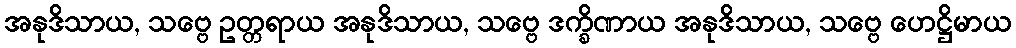
အနုဒိသာယ, သဗ္ဗေ ဥတ္တရာယ အနုဒိသာယ, သဗ္ဗေ ဒက္ခိဏာယ အနုဒိသာယ, သဗ္ဗေ ဟေဋ္ဌိမာယ